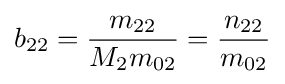
b_{22}={\frac {m_{22}}{M_{2}m_{02}}}={\frac {n_{22}}{m_{02}}}